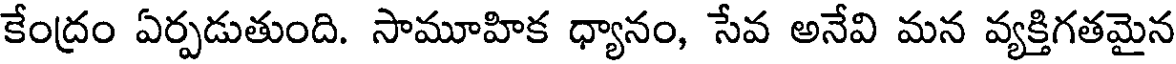
కేంద్రం ఏర్పడుతుంది. సామూహిక ధ్యానం, సేవ అనేవి మన వ్యక్తిగతమైన